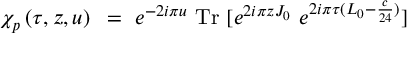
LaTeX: \chi _ { p } \left( \tau , z , u \right) ~ = ~ e ^ { - 2 i \pi u } \ \mathrm { T r } \ [ e ^ { 2 i \pi z J _ { 0 } } \ e ^ { 2 i \pi \tau ( L _ { 0 } - { \frac { c } { 2 4 } } ) } ]